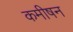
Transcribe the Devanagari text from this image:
कमीषन